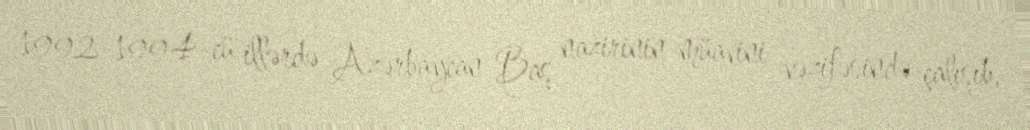
1992-1994-cü illərdə Azərbaycan Baş nazirinin müavini vəzifəsində çalışıb,